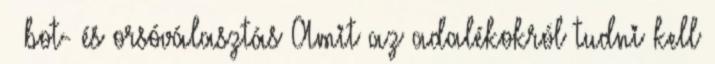
– bot- és orsóválasztás Amit az adalékokról tudni kell